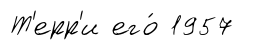
Т'ерр'и его́ 1957